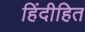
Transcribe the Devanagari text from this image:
हिंदीहित